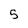
Character: 5